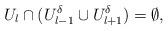
LaTeX: \begin{align*} U_l \cap (U_{l-1}^\delta \cup U_{l+1}^\delta)= \emptyset, \end{align*}